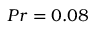
{ P r = 0 . 0 8 }